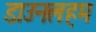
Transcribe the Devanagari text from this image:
डाउनलहम